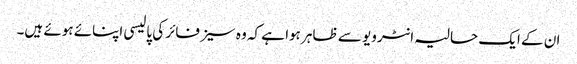
ان کے ایک حالیہ انٹرویو سے ظاہر ہوا ہے کہ وہ سیز فائر کی پالیسی اپنائے ہوئے ہیں۔